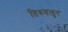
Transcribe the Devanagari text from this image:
तिरुवलुर